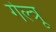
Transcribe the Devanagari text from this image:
गेल्त्रू